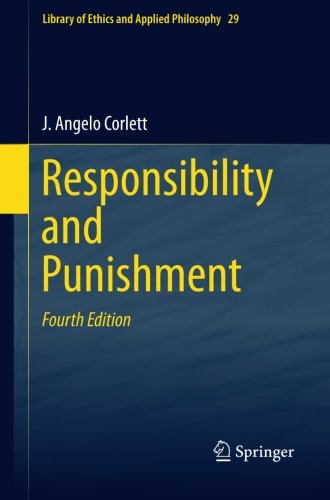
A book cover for Responsibility and  Punishment (Library of Ethics and Applied Philosophy) (Volume 29); J. Angelo Corlett; Law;